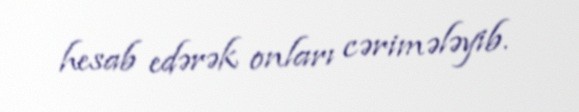
hesab edərək onları cərimələyib.